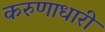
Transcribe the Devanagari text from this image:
करुणाधारी